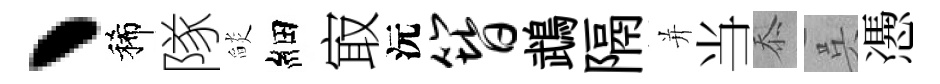
丶稀隊𦦨細㝡沅簪鵡隔并当忝呉慿